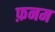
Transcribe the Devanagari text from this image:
फ़नम